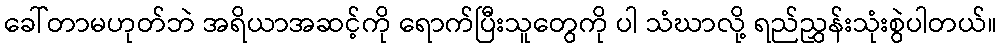
ခေါ်တာမဟုတ်ဘဲ အရိယာအဆင့်ကို ရောက်ပြီးသူတွေကို ပါ သံဃာလို့ ရည်ညွှန်းသုံးစွဲပါတယ်။